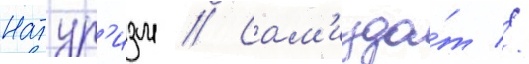
Натур'изм // Сам'изда́т //